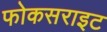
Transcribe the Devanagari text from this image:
फोकसराइट